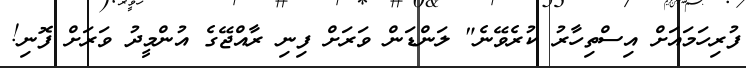
ފުރިހަމައަށް އިސްތިހާރު ކުރެވޭނެ" ލަންޑަން ވަރަށް ފިނި ރާއްޖޭގެ އުންމީދު ވަރަށް ފޮނި!